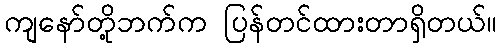
ကျနော်တို့ဘက်က ပြန်တင်ထားတာရှိတယ်။